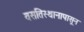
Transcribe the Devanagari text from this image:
वसतिस्थानापासून